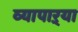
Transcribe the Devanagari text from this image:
व्यापाऱ्या